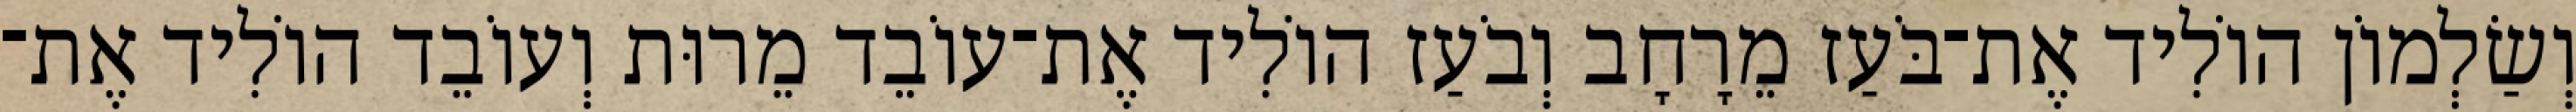
וְשַׂלְמוֹן הוֹלִיד אֶת־בֹּעַז מֵרָחָב וְבֹעַז הוֹלִיד אֶת־עוֹבֵד מֵרוּת וְעוֹבֵד הוֹלִיד אֶת־